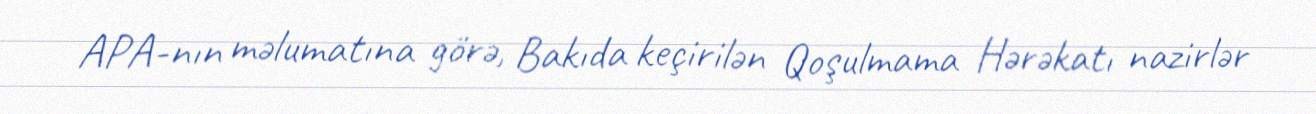
APA-nın məlumatına görə, Bakıda keçirilən Qoşulmama Hərəkatı nazirlər